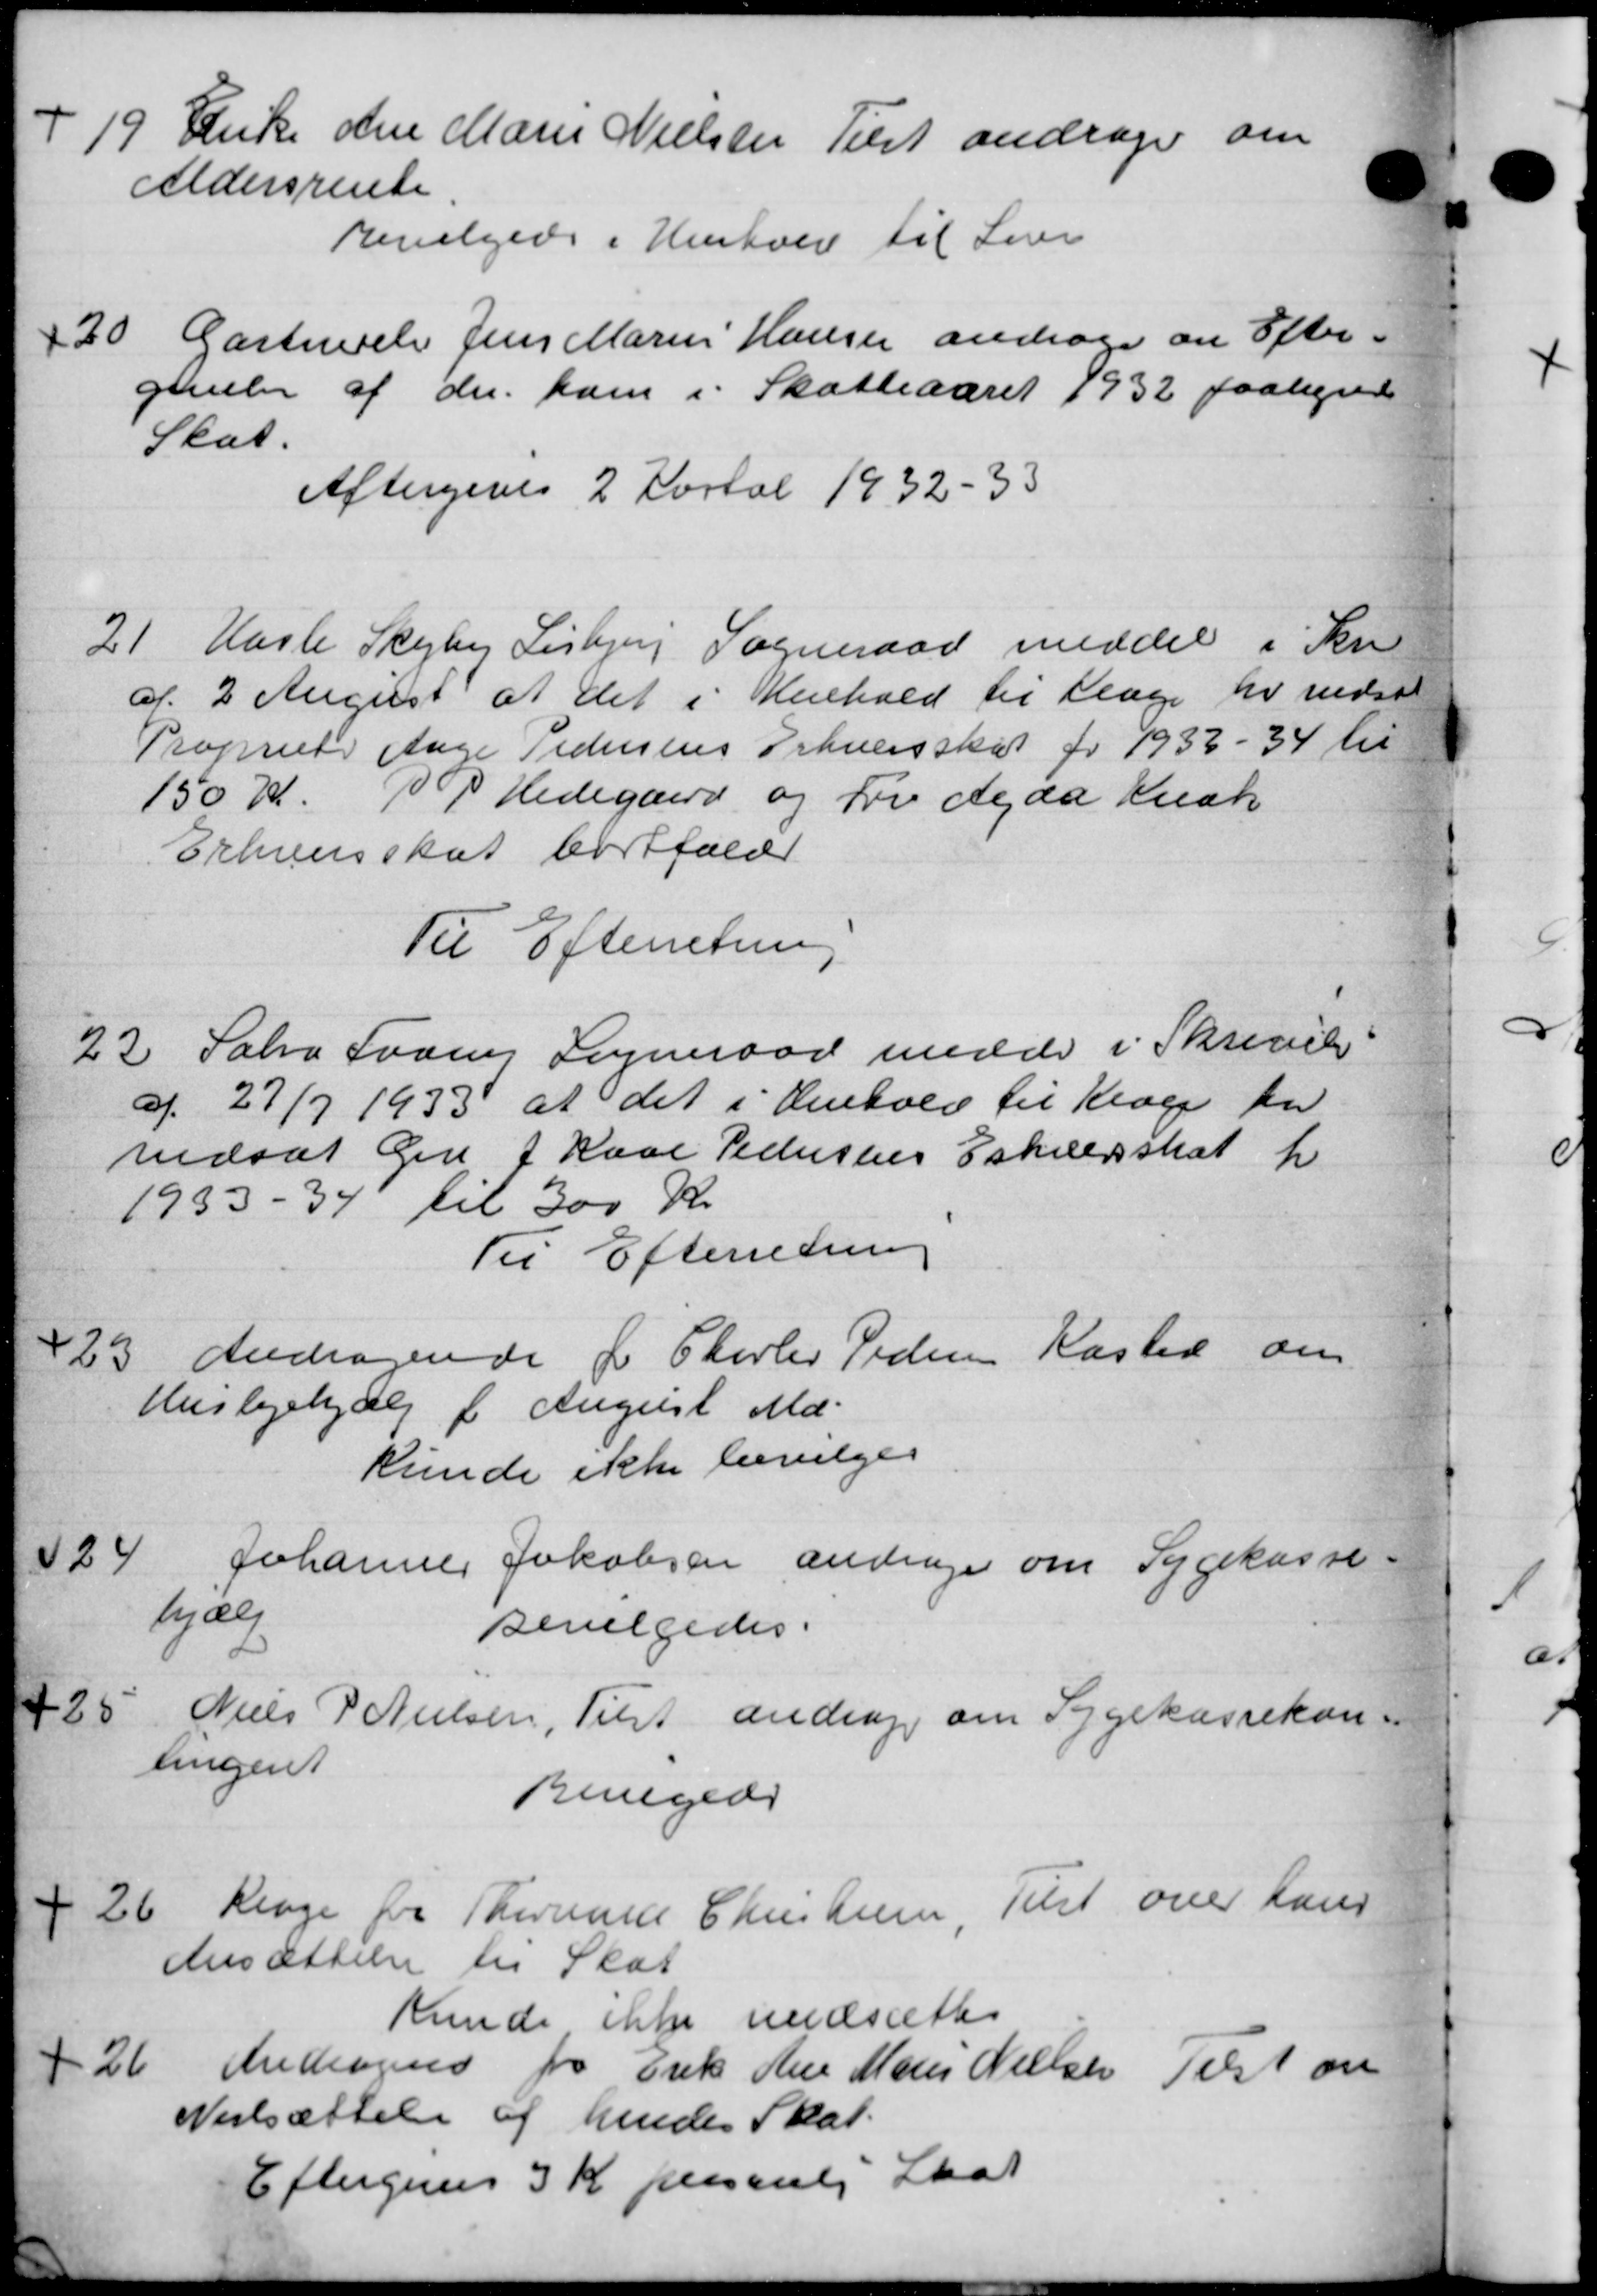
Transskription:
19
Enke Anne Marie Nielsen Tilst andrager om
Aldersrente
Bevilgede i Henhverv til Lover
20
Gartnerele Jens Marius Hansen andrager om Efter-
givelse af der ham i Skatteaaret 1932 paaligned
Skat.
eftergives 2 Kortal 1932-33
21
Hasle Skejby Lisbjerg Sogneraad meddel i Sen
af. 2 August af det i Henhold til Klage her nedsat
Propriets Aage Pedersens Erhvervsskat for 1933 – 34 til
150 Kr. P. Hedegaard og fru Agda Krak
Erhvervsskat bortfalde
Til Efterretning
22.
Sabro Svares Sogneraad medde i Skrivels
af 27/7 1933 at det i Henhold til Klage for
nedsat den f Karl Pedersens Eskiledsskat fr
1933 - 34 til 300 Kr.
Til Efterretning
23.
Andragende f. Charlev Pedersen Kasted om
Huslejehjælp i August Md.
kunde ikke bevilges
24
Johannes Jakobsen andrager om Sygekasse-
hjælp
Bevilgedes.
25
Niels P Nielsen, Tilst andrager om Sygekassekon-
lingent
Renegede
26
Klage for Thermand Christensen, Tilst over hans
Ansættelse til Skat
kunde ikke nedsættes
26
Andragend for Erik Ane Maren Nielsen Tilst en
Nedsættelse af hendes Skat
Eftergives 3 Kr personlig Skat